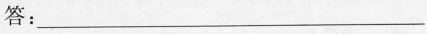
答：___